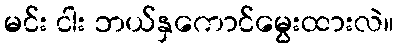
မင်း ငါး ဘယ်နှကောင်မွေးထားလဲ။